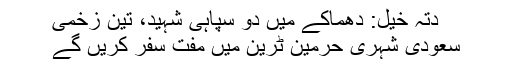
دتہ خیل: دھماکے میں دو سپاہی شہید، تین زخمی
سعودی شہری حرمین ٹرین میں مفت سفر کریں گے